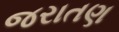
જરાતણ